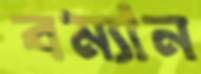
বম্যান